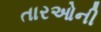
તારઓની